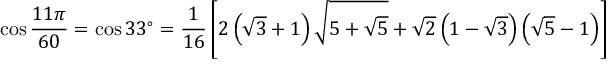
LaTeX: \cos { \frac { 1 1 \pi } { 6 0 } } = \cos 3 3 ^ { \circ } = { \frac { 1 } { 1 6 } } \left[ 2 \left( { \sqrt { 3 } } + 1 \right) { \sqrt { 5 + { \sqrt { 5 } } } } + { \sqrt { 2 } } \left( 1 - { \sqrt { 3 } } \right) \left( { \sqrt { 5 } } - 1 \right) \right]